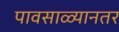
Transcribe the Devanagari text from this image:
पावसाळ्यानतर